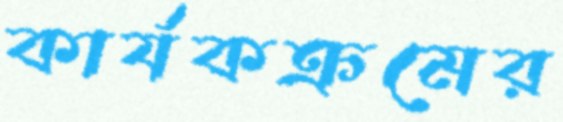
কার্যকক্রমের